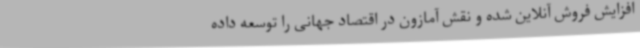
افزایش فروش آنلاین شده و نقش آمازون در اقتصاد جهانی را توسعه داده